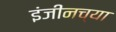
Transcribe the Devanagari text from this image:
इंजीनच्या